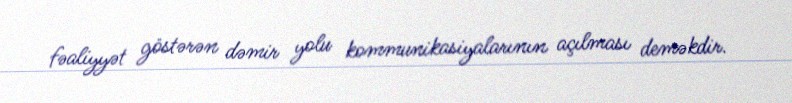
fəaliyyət göstərən dəmir yolu kommunikasiyalarının açılması deməkdir.